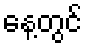
နေ့တွင်